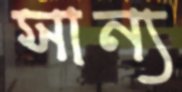
সান্য